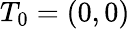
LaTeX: T_{0}=(0,0)